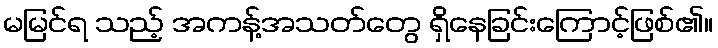
မမြင်ရ သည့် အကန့်အသတ်တွေ ရှိနေခြင်းကြောင့်ဖြစ်၏။